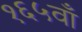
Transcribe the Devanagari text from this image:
१६५वाँ